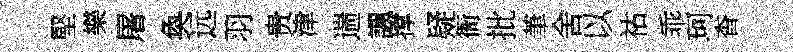
堅樂屠奐远羽贵津遄諷撑疑衙批茟舍以祜乖珂杳